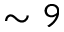
\sim 9